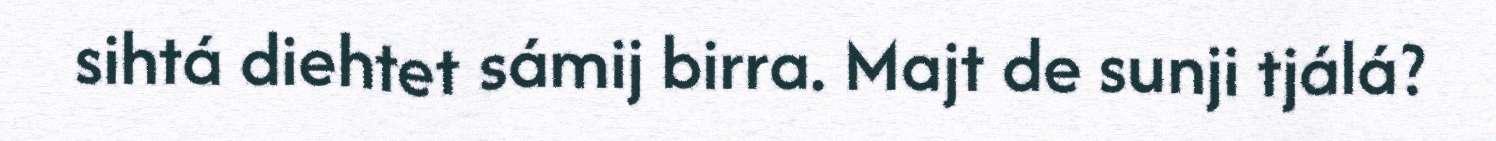
sihtá diehtet sámij birra. Majt de sunji tjálá?